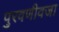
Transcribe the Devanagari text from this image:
पुरवणीवजा